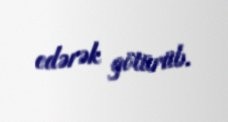
edərək götürüb.